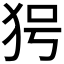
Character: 𤝐